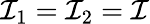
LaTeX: \mathcal{I}_{1}=\mathcal{I}_{2}=\mathcal{I}